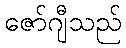
ဇော်ဂျီသည်